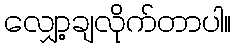
လျှော့ချလိုက်တာပါ။